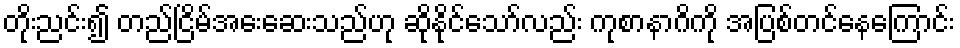
တိုးညင်း၍ တည်ငြိမ်အေးဆေးသည်ဟု ဆိုနိုင်သော်လည်း ကုစာနာဂိကို အပြစ်တင်နေကြောင်း